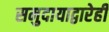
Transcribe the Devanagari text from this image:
समुदायाद्वारेही